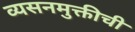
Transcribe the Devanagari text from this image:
व्यसनमुक्तीची